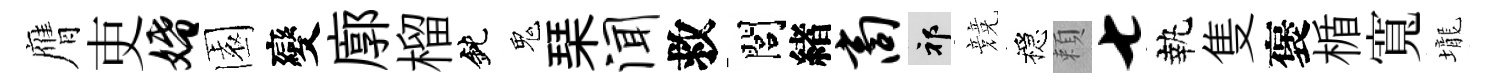
膺吏婚園變廓榴鈍鬼琹闻救閭緖商祁競穩頼七執隻褒楯寬壠